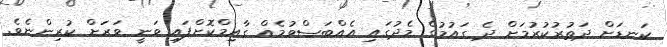
ކަނޑަށް ދަތުރުކުރުމަށް ދެ ގައުމުގެ މެދުގައި އެއްބަސްވުމެއް ގާއިމްކޮށްފައި ވަނީ ވަރަށް ކުރިންނެވެ.